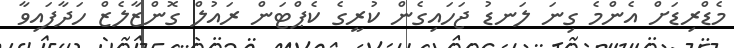
މެޑްރިޑަށް އެންމެ ގިނަ ލަނޑު ޖަހައިގެން ކުރީގެ ކެޕްޓަން ރައުލް ގޮންޒާލެޒް ހަދާފައިވާ